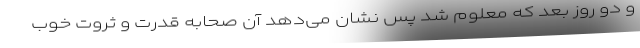
و دو روز بعد که معلوم شد پس نشان می‌دهد آن صحابه قدرت و ثروت خوب